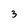
Character: 3